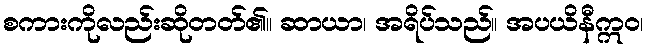
စကားကိုလည်းဆိုတတ်၏။ ဆာယာ၊ အရိပ်သည်။ အပယိနီဣဝ၊